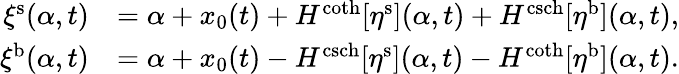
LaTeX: \begin{array}{rl}{\xi^{\mathrm{s}}(\alpha,t)}&{=\alpha+x_{0}(t)+H^{\coth}[\eta^{\mathrm{s}}](\alpha,t)+H^{\operatorname{csch}}[\eta^{\mathrm{b}}](\alpha,t),}\\ {\xi^{\mathrm{b}}(\alpha,t)}&{=\alpha+x_{0}(t)-H^{\operatorname{csch}}[\eta^{\mathrm{s}}](\alpha,t)-H^{\coth}[\eta^{\mathrm{b}}](\alpha,t).}\end{array}